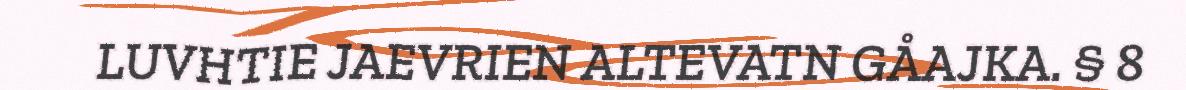
LUVHTIE JAEVRIEN ALTEVATN GÅAJKA. § 8